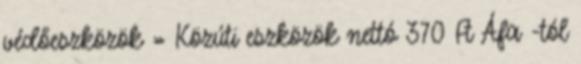
védőeszközök » Közúti eszközök nettó 370 Ft Áfa -tól